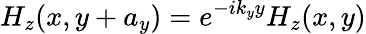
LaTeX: H_{z}(x,y+a_{y})=e^{-ik_{y}y}H_{z}(x,y)